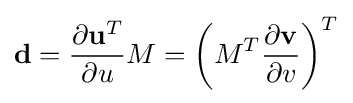
\mathbf {d} ={\frac {\partial \mathbf {u} ^{T}}{\partial u}}M=\left(M^{T}{\frac {\partial \mathbf {v} }{\partial v}}\right)^{T}